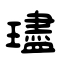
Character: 璶